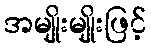
အမျိုးမျိုးဖြင့်